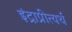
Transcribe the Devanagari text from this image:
इंद्राप्रीत्यर्थ